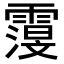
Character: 𮦬